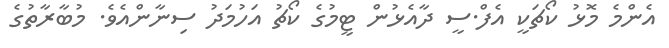
އެންމެ މޮޅު ކޯޗަކީ އެފް.ސީ ދާއެޅުން ޓީމުގެ ކޯޗު އަހުމަދު ސިނާންއެވެ. މުބާރާތުގެ